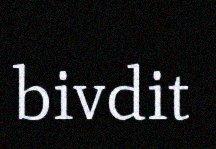
bivdit